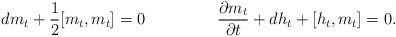
LaTeX: \begin{align*}dm_t+\frac 1 2 [m_t,m_t]&=0&\frac{\partial m_t}{\partial t}+ dh_t +[h_t,m_t]&=0.\end{align*}